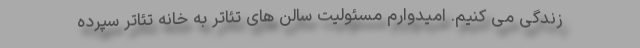
زندگی می کنیم. امیدوارم مسئولیت سالن های تئاتر به خانه تئاتر سپرده